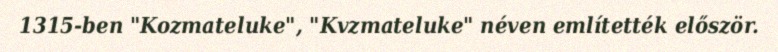
1315-ben "Kozmateluke", "Kvzmateluke" néven említették először.